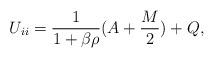
LaTeX: \begin{align*}U_{ii} = \frac{1}{1 + \beta \rho} (A + \frac{M}{2}) + Q,\end{align*}